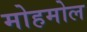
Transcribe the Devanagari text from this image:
मोहमोल